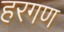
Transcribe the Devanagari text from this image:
हरगण